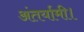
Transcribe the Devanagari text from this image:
अंतर्यामी।